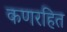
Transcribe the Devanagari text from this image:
कणरहित